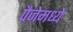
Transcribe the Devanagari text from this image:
पैजेमध्ये